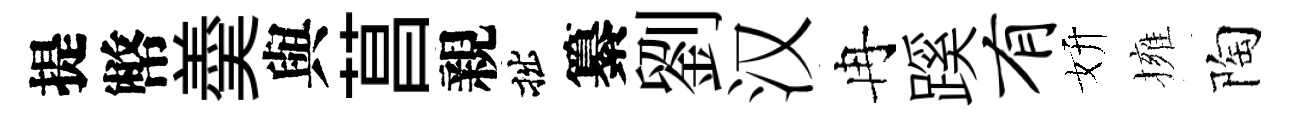
提幣羮與菖親拙纂劉汉冉蹊有妍擁陶